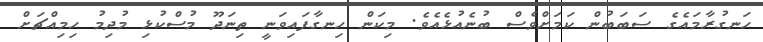
ހަނގުރާމައެގެ ސަބަބުން ކަމަށްވެސް ބުނެއުޅެއެވެ. މިކަން ހިނގާފައިވަނީ ތިނަދޫ މުސްކުޅި މުދިމު ހިމިއްޗަށް